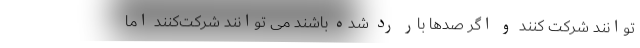
توانند شرکت کنند و اگر صدها بار رد شده باشند می توانند شرکت‌کنند اما